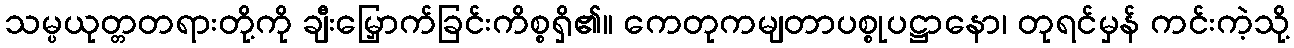
သမ္ပယုတ္တတရားတို့ကို ချီးမြှောက်ခြင်းကိစ္စရှိ၏။ ကေတုကမျတာပစ္စုပဋ္ဌာနော၊ တုရင်မှန် ကင်းကဲ့သို့